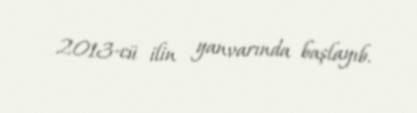
2013-cü ilin yanvarında başlayıb.